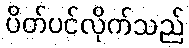
ပိတ်ပင်လိုက်သည်